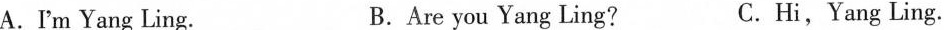
A.I'm Yang Ling. B.Are you Yang Ling? C.Hi,Yang Ling.